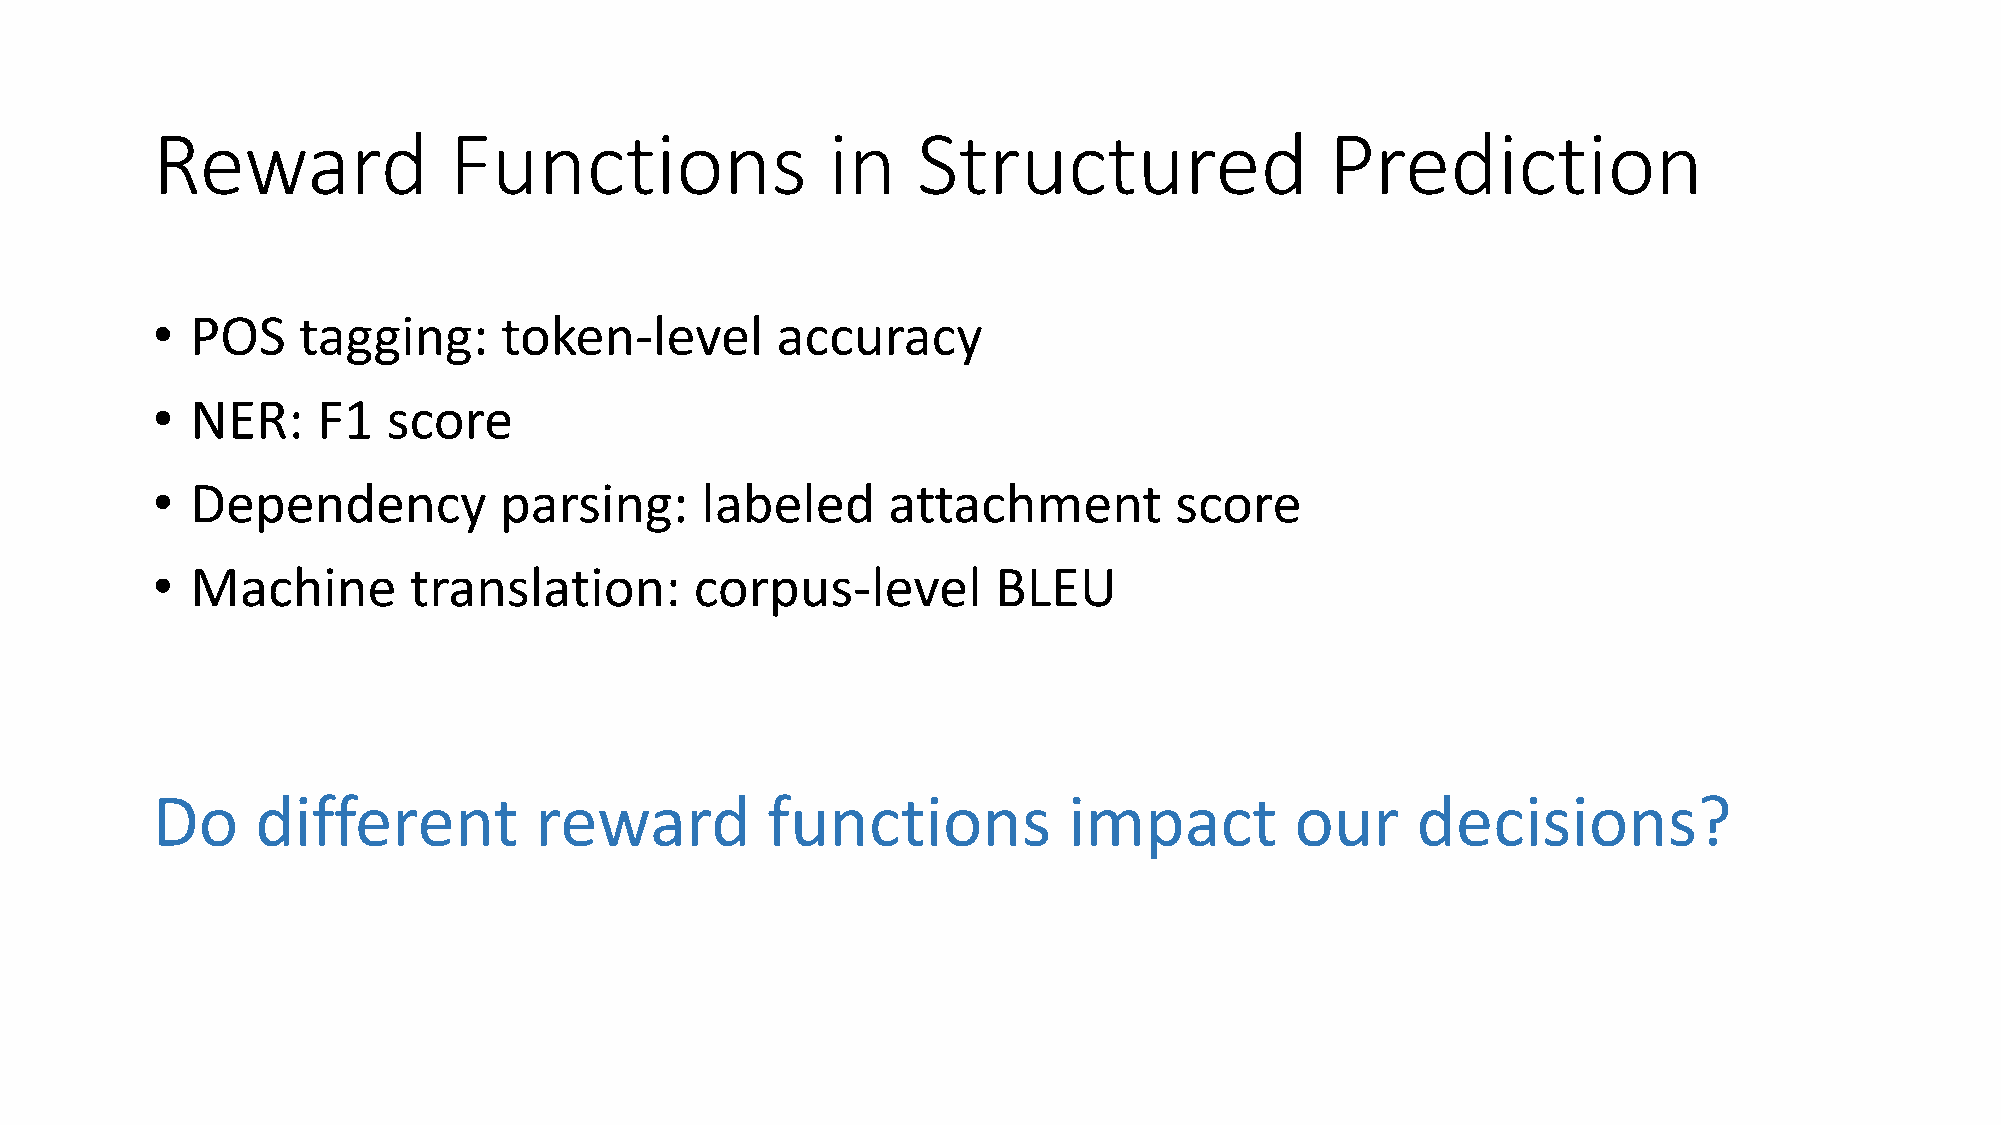
Reward              Functions                in    Structured                 Prediction
 •  POS    tagging:     token-level       accuracy
 •  NER:    F1   score
 •  Dependency          parsing:     labeled      attachment         score
 •  Machine       translation:       corpus-level        BLEU
 Do     different         reward          functions           impact         our     decisions?